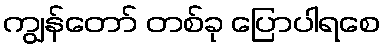
ကျွန်တော် တစ်ခု ပြောပါရစေ